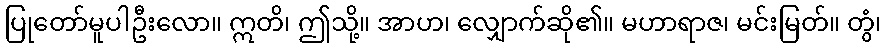
ပြုတော်မူပါဦးလော။ ဣတိ၊ ဤသို့။ အာဟ၊ လျှောက်ဆို၏။ မဟာရာဇ၊ မင်းမြတ်။ တွံ၊